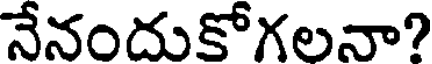
నేనందుకోగలనా?